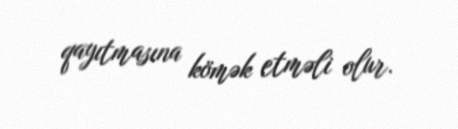
qayıtmasına kömək etməli olur.